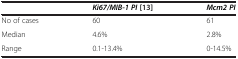
|  | Ki67/MIB-1 PI [[13]] | Mcm2 PI |
 | --- | --- | --- |
 | No of cases | 60 | 61 |
 | Median | 4.6% | 2.8% |
 | Range | 0.1-13.4% | 0-14.5% |